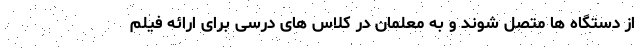
از دستگاه ها متصل شوند و به معلمان در کلاس های درسی برای ارائه فیلم